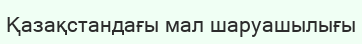
Қазақстандағы мал шаруашылығы